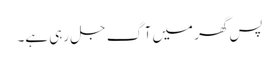
پس گھر میں آگ جل رہی ہے۔